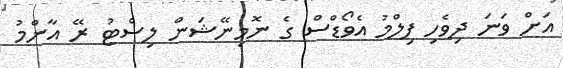
އަށް ވަނަ ދިވެހި ފިލްމު އެވޯޑްސް ގެ ނޮމިނޭޝަން ލިސްޓު ރޭ އާންމު